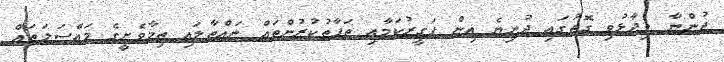
ދުންޔާ ވިދާޅުވި ގޮތުގައި ދުނިޔެ އިން ފަގީރުކަމާއި ތަފާތުކުރުންތައް ނައްތާލައި ތިމާވެށީގެ މައްސަލަތައް